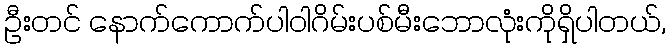
ဦးတင် နောက်ကောက်ပါဝါဂိမ်းပစ်မီးဘောလုံးကိုရှိပါတယ်,